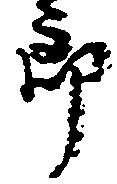
郎